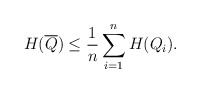
\begin{align*} H(\overline{Q}) \le \frac 1n \sum_{i=1}^n H( Q_i ).\end{align*}